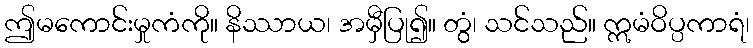
ဤမကောင်းမှုကံကို။ နိဿာယ၊ အမှီပြု၍။ တွံ၊ သင်သည်။ ဣမံဝိပ္ပကာရံ၊